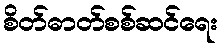
စိတ်ဓာတ်စစ်ဆင်ရေး